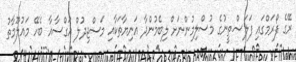
ރޭގެ ފޯރަމްގައި ފަލަސްތީނުގެ މުސްލިމުންނަށް ލިބެމުންދާ އަނިޔާތަކާއި މަސްޖިދުލް އަގްސާއާ ބެހޭ މައުލޫމާތު